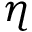
\eta